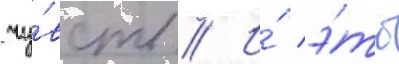
чу́вств // И́ э́то